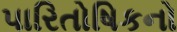
પારિતોષિકનો